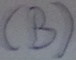
Text: (B)